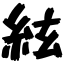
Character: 絃